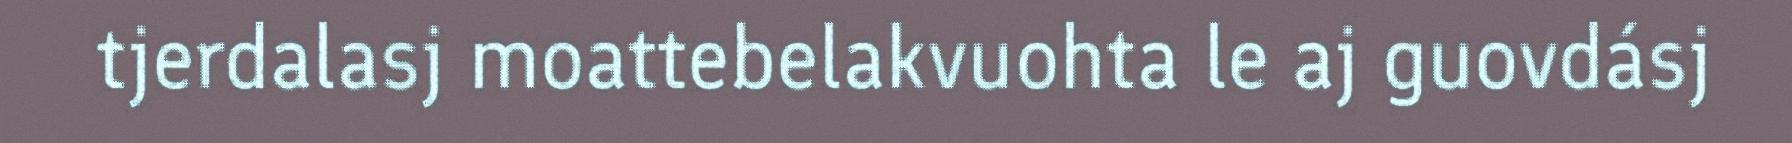
tjerdalasj moattebelakvuohta le aj guovdásj